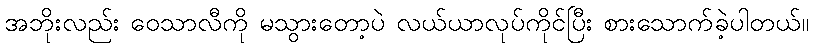
အဘိုးလည်း ဝေသာလီကို မသွားတော့ပဲ လယ်ယာလုပ်ကိုင်ပြီး စားသောက်ခဲ့ပါတယ်။